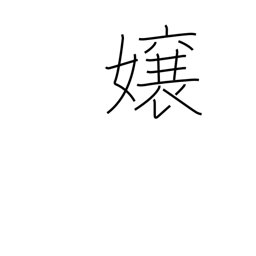
Meaning: daughter